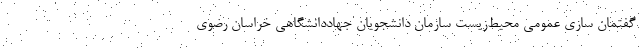
گفتمان سازی عمومی محیط‌زیست سازمان دانشجویان جهاددانشگاهی خراسان رضوی